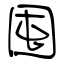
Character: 囤